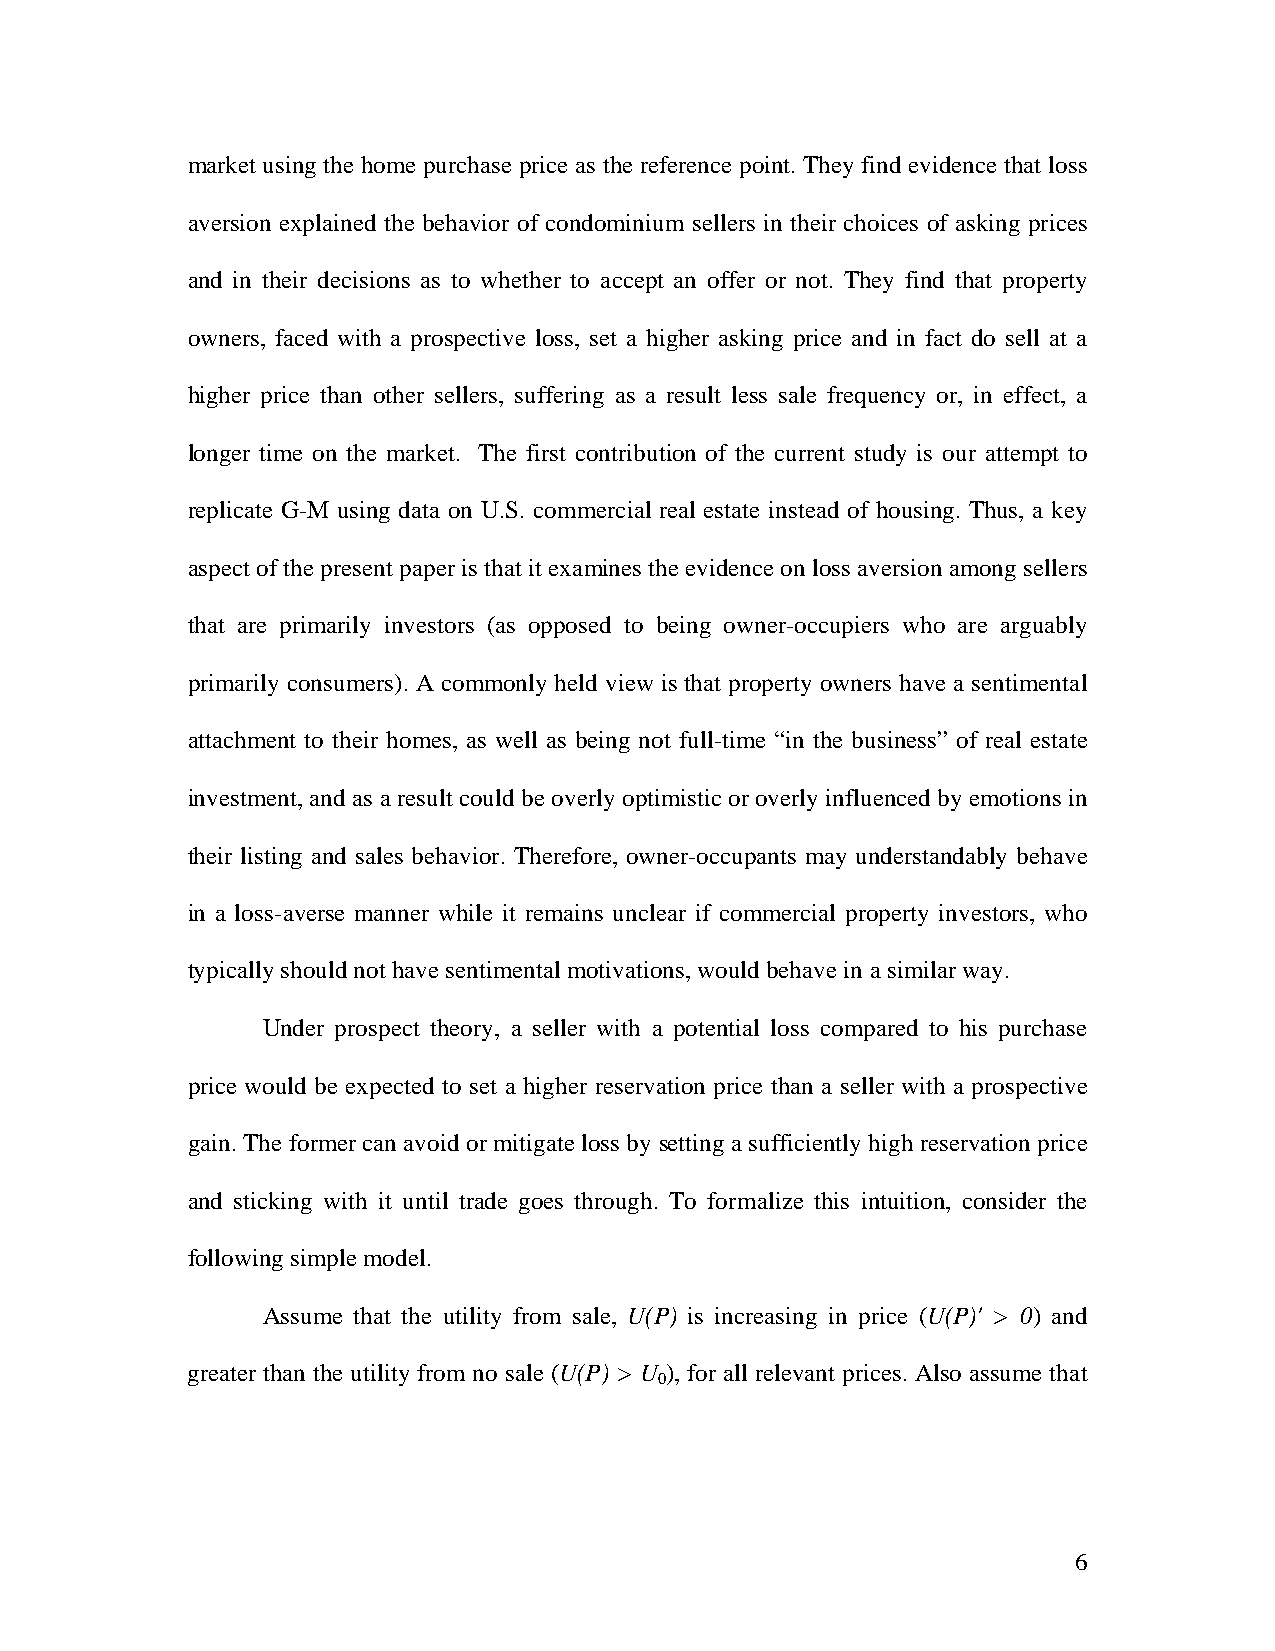
market using the home purchase price as the reference point. They find evidence that loss
 aversion explained the behavior of condominium sellers in their choices of asking prices
 and in their decisions as to whether to accept an offer or not. They find that property
 owners, faced with a prospective loss, set a higher asking price and in fact do sell at a
 higher price than other sellers, suffering as a result less sale frequency or, in effect, a
 longer time on the market. The first contribution of the current study is our attempt to
 replicate G-M using data on U.S. commercial real estate instead of housing. Thus, a key
 aspect of the present paper is that it examines the evidence on loss aversion among sellers
 that are primarily investors (as opposed to being owner-occupiers who are arguably
 primarily consumers). A commonly held view is that property owners have a sentimental
 attachment to their homes, as well as being not full-time “in the business” of real estate
 investment, and as a result could be overly optimistic or overly influenced by emotions in
 their listing and sales behavior. Therefore, owner-occupants may understandably behave
 in a loss-averse manner while it remains unclear if commercial property investors, who
 typically should not have sentimental motivations, would behave in a similar way.
 Under prospect theory, a seller with a potential loss compared to his purchase
 price would be expected to set a higher reservation price than a seller with a prospective
 gain. The former can avoid or mitigate loss by setting a sufficiently high reservation price
 and sticking with it until trade goes through. To formalize this intuition, consider the
 following simple model.
 Assume that the utility from sale, U(P) is increasing in price (U(P)' > 0) and
 greater than the utility from no sale (U(P) > U ), for all relevant prices. Also assume that
 0
 6